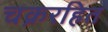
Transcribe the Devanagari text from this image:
चक्ररहित